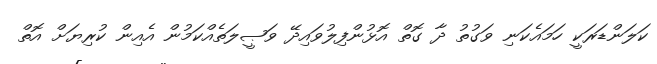
ކަލަންޑަރަކީ ހަމައެކަނި ވަގުތު ދާ ގޮތް އޮޅުންފިލުވައިދޭ ވަޞީލަތެއްކަމުން އެއިން ކުރިޔަށް އޮތް